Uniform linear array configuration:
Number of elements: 12
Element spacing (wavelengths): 1
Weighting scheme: blackman
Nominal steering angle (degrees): -45
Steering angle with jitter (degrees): -45.328
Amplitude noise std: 0.05
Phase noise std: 0.05

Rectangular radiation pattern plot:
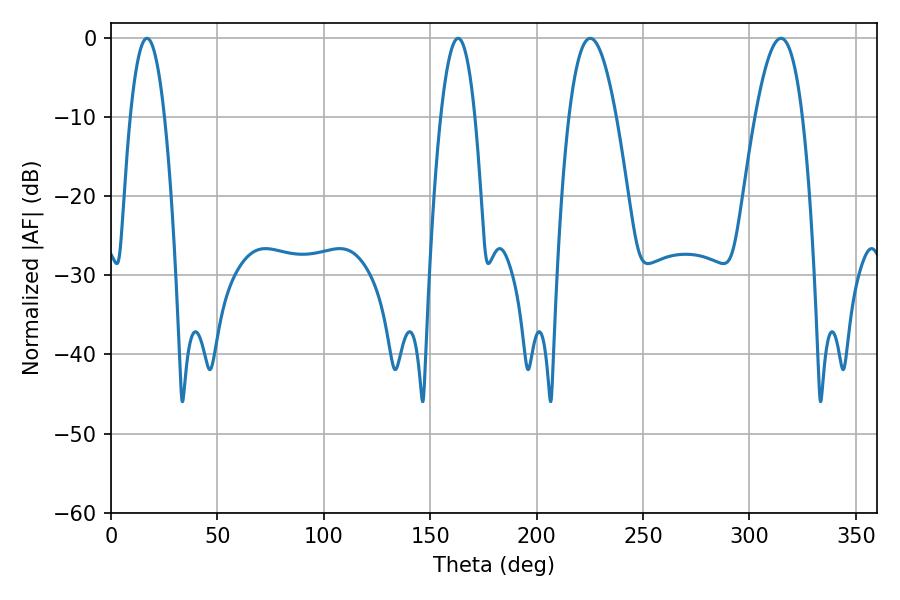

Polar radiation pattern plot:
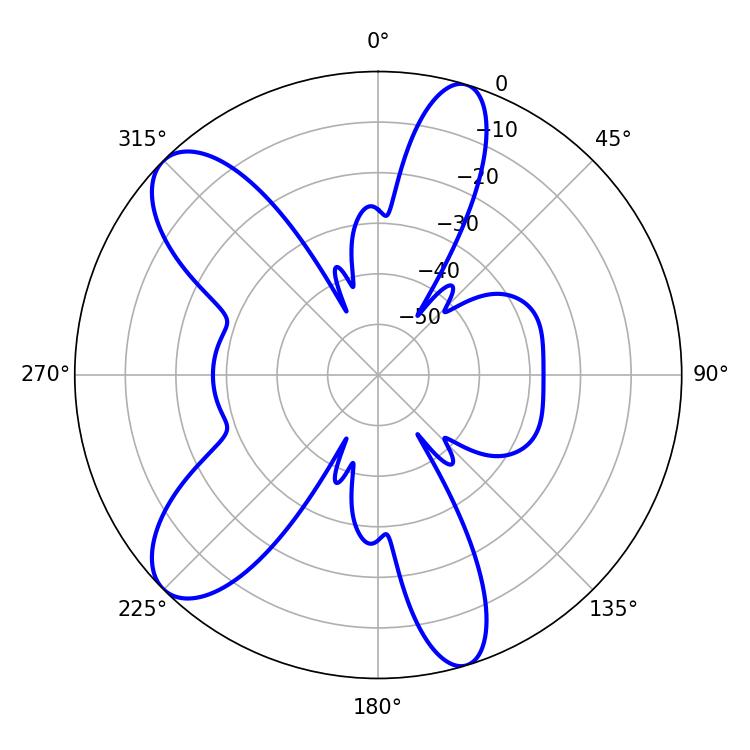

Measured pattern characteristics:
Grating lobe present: TRUE
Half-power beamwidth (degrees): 12.24
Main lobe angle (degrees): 225.18